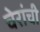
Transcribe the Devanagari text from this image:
चेरांची